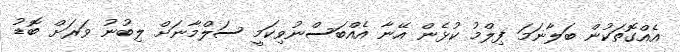
އެއްގޮތަކުން ބަލާނަމަ ފިލްމު ކުޅެން އޭނާ އެއްބަސްނުވިކަމީ ސަލްމާނަށް ލިބުނު ވަރަށް ބޮޑު